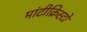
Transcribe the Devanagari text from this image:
मांटीक्रिस्टो